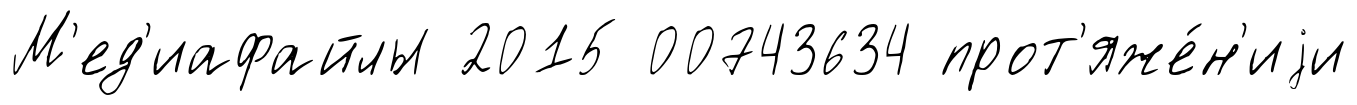
М'ед'иафайлы 2015 00743634 прот'яже́н'иjи